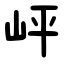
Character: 岼